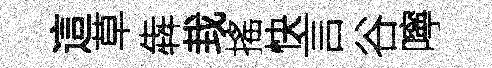
這草犇㘽搖快言谷嚀